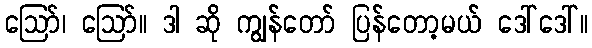
ဪ၊ ဪ။ ဒါ ဆို ကျွန်တော် ပြန်တော့မယ် ဒေါ်ဒေါ်။